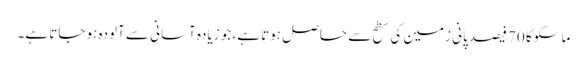
ماسکو کا 70 فیصد پانی زمین کی سطح سے حاصل ہوتا ہے، جو زیادہ آسانی سے آلودہ ہو جاتا ہے۔